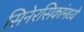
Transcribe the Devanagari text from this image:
सिनेरसिकांमध्ये